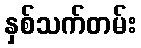
နှစ်သက်တမ်း